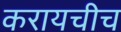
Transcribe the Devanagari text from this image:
करायचीच